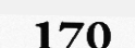
170